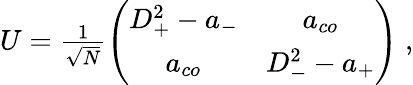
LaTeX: \begin{array}{r}{U=\frac{1}{\sqrt{N}}\left(\begin{array}{cc}{D_{+}^{2}-a_{-}}&{a_{co}}\\ {a_{co}}&{D_{-}^{2}-a_{+}}\end{array}\right)\; ,}\end{array}